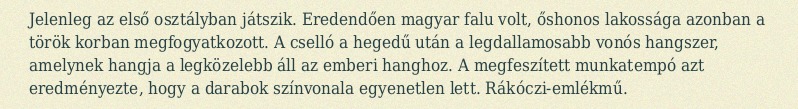
Jelenleg az első osztályban játszik. Eredendően magyar falu volt, őshonos lakossága azonban a török korban megfogyatkozott. A cselló a hegedű után a legdallamosabb vonós hangszer, amelynek hangja a legközelebb áll az emberi hanghoz. A megfeszített munkatempó azt eredményezte, hogy a darabok színvonala egyenetlen lett. Rákóczi-emlékmű.